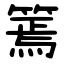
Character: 篶